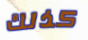
كذلك